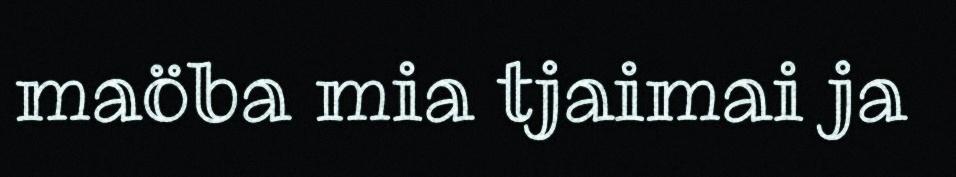
maöba mia tjaimai ja